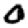
Digit: 0